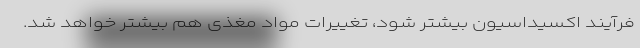
فرآیند اکسیداسیون بیشتر شود، تغییرات مواد مغذی هم بیشتر خواهد شد.